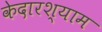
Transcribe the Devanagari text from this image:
केदारश्याम